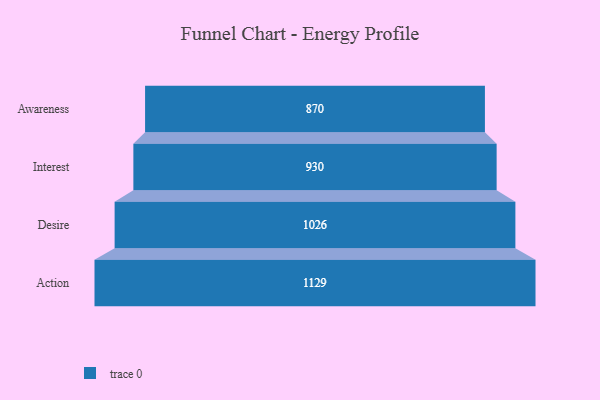
{"axis": {"x": "Stage", "y": "Value"}, "legend": [""], "data": [{"x": "Awareness", "y": 870.0, "type": ""}, {"x": "Interest", "y": 930.0, "type": ""}, {"x": "Desire", "y": 1026.0, "type": ""}, {"x": "Action", "y": 1129.0, "type": ""}]}